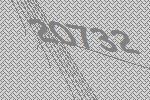
20732